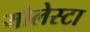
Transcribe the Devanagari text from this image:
मोलेस्टा